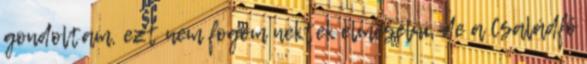
gondoltam, ezt nem fogom nektek elmesélni, de a Családfő